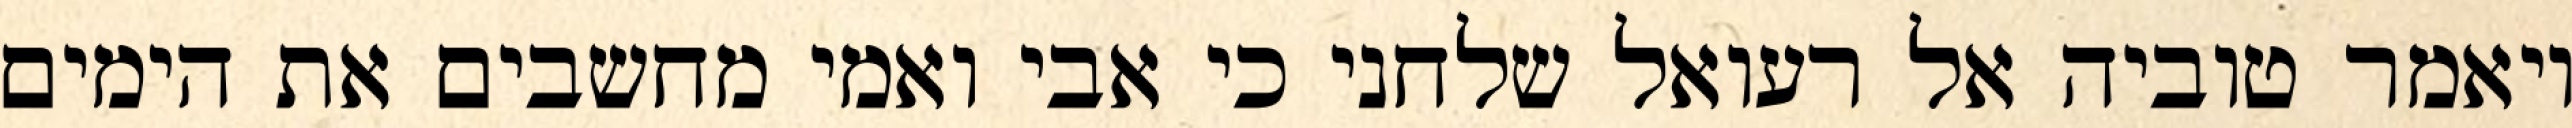
ויאמר טוביה אל רעואל שלחני כי אבי ואמי מחשבים את הימים